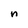
Character: n